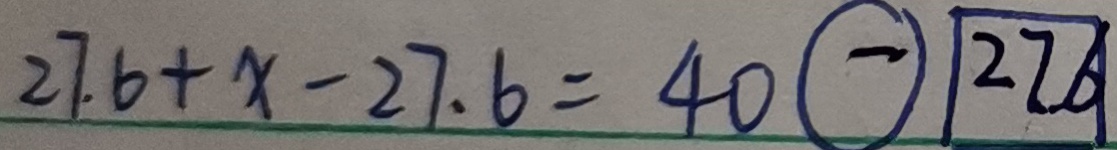
2 7 . 6 + x - 2 7 . 6 = 4 0 \textcircled { - } \textcircled { 2 7 . 6 }